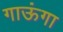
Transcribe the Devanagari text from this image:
गाऊंगा